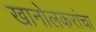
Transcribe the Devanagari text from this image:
खानोलकरांचा